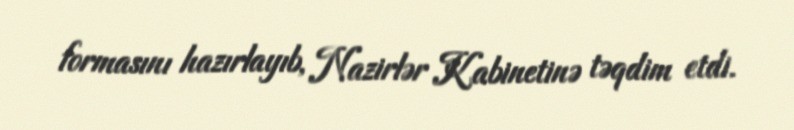
formasını hazırlayıb, Nazirlər Kabinetinə təqdim etdi.